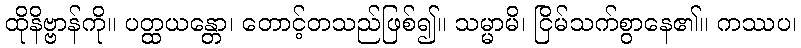
ထိုနိဗ္ဗာန်ကို။ ပတ္ထယန္တော၊ တောင့်တသည်ဖြစ်၍။ သမ္မာမိ၊ ငြိမ်သက်စွာနေ၏။ ကဿပ၊